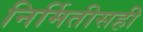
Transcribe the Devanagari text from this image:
निर्मितीसही